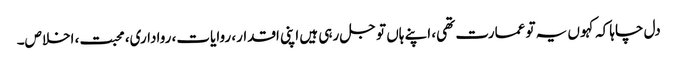
دل چاہا کہ کہو ں یہ تو عمارت تھی، اپنے ہاں تو جل رہی ہیں اپنی اقدار، روایات، رواداری، محبت، اخلاص۔